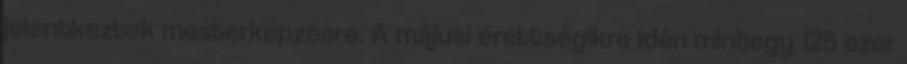
jelentkeztek mesterképzésre. A májusi érettségikre idén mintegy 125 ezer